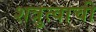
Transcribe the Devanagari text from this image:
शत्रुत्वाची